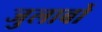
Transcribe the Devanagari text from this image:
जुलाबों